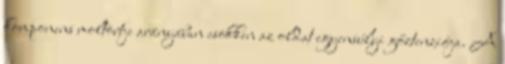
komponens moltörtje arányában csökken az oldat egyensúlyi gőztenziója. A